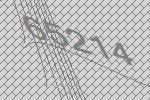
65214